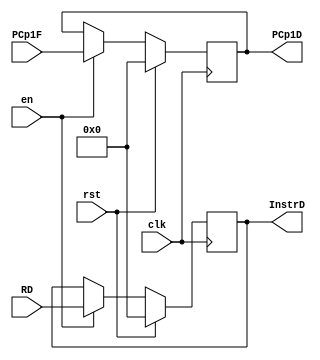
`timescale 1ns / 1ps
//////////////////////////////////////////////////////////////////////////////////
// Company: 
// Engineer: 
// 
// Design Name: 
// Module Name: IFRegister
// Project Name: 
// Target Devices: 
// Tool Versions: 
// Description: 
// 
// Dependencies: 
// 
// Revision:
// Revision 0.01 - File Created
// Additional Comments:
// 
//////////////////////////////////////////////////////////////////////////////////
//IFRegister #(.sizeVal(32)) IFtoID (.clk(clk), .rst((lilMuxOut1 == lilMuxOut2) & BranchD), .en(~Stall), .RD(IMOut), .PCp1F(PCp1F), .InstrD(InstrD), .PCp1D(PCp1D));

module IFRegister #(parameter sizeVal = 32)(
input clk, rst, en,
input [sizeVal - 1:0] RD,
input [sizeVal - 1:0] PCp1F,
output reg [sizeVal - 1:0] InstrD,
output reg [sizeVal - 1:0] PCp1D
    );
    
    always @(posedge clk)
    if(rst) begin
    InstrD <= 0;
    PCp1D <= 0;
    end
    else if(en) begin
    InstrD <= RD;
    PCp1D <= PCp1F;
    end
    
endmodule